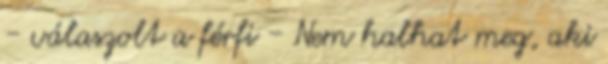
- válaszolt a férfi - Nem halhat meg, aki